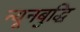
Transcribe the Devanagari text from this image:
न्यूनबुद्धि